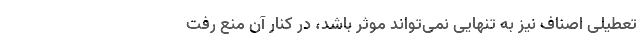
تعطیلی اصناف نیز به تنهایی نمی‌تواند موثر باشد، در کنار آن منع رفت